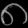
Digit: ၈